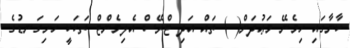
ކާނާގައި ހިމެނޭ މަޢުދަން( ) ތައް އަދި ޓްރޭސް އެލިމެންޓް ތަކަކީ ހަށިގަނޑުގެ